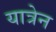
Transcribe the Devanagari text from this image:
यात्रेन